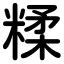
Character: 糅